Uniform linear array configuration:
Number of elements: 32
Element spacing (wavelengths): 0.25
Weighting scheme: binomial
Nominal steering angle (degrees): -15
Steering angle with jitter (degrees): -15.538
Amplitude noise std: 0.05
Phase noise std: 0.05

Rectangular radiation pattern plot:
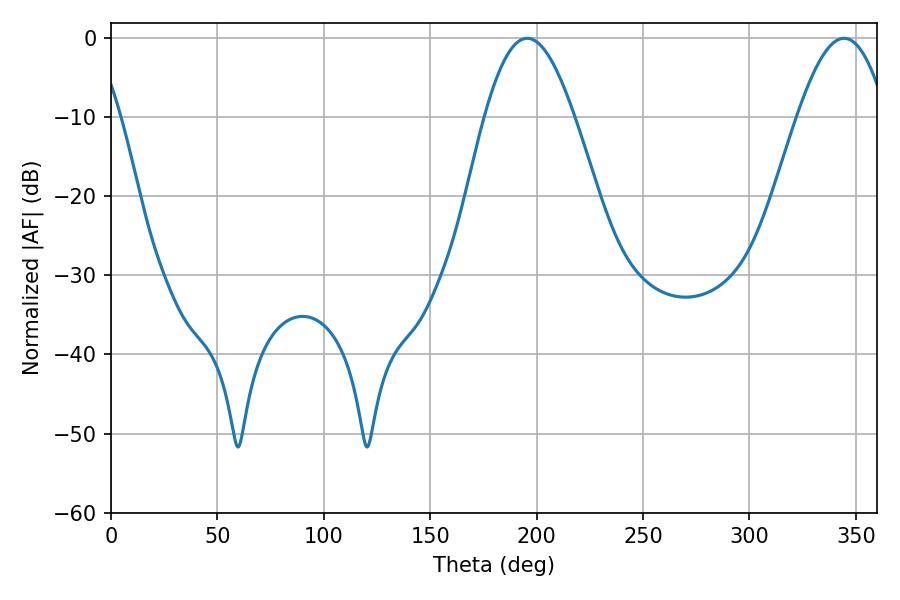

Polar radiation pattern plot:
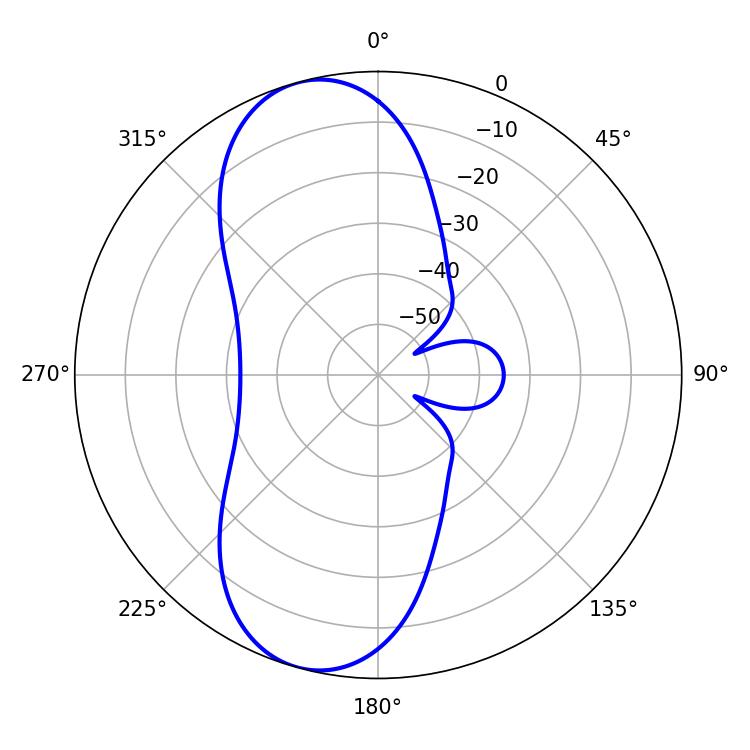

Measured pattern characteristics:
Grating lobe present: FALSE
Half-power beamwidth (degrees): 22.68
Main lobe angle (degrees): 195.48